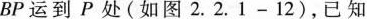
BP运到P处(如图2.2.1-12)，已知